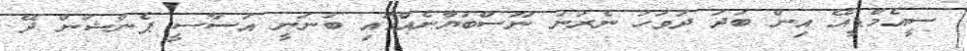
ސީއެމްޑީއޭ އިން ބުދަ ދުވަހު ނެރުނު ނޫސްބަޔާނެއްގައި ބުނަނީ އަސާސީ ޕެންޝަން ދޭ